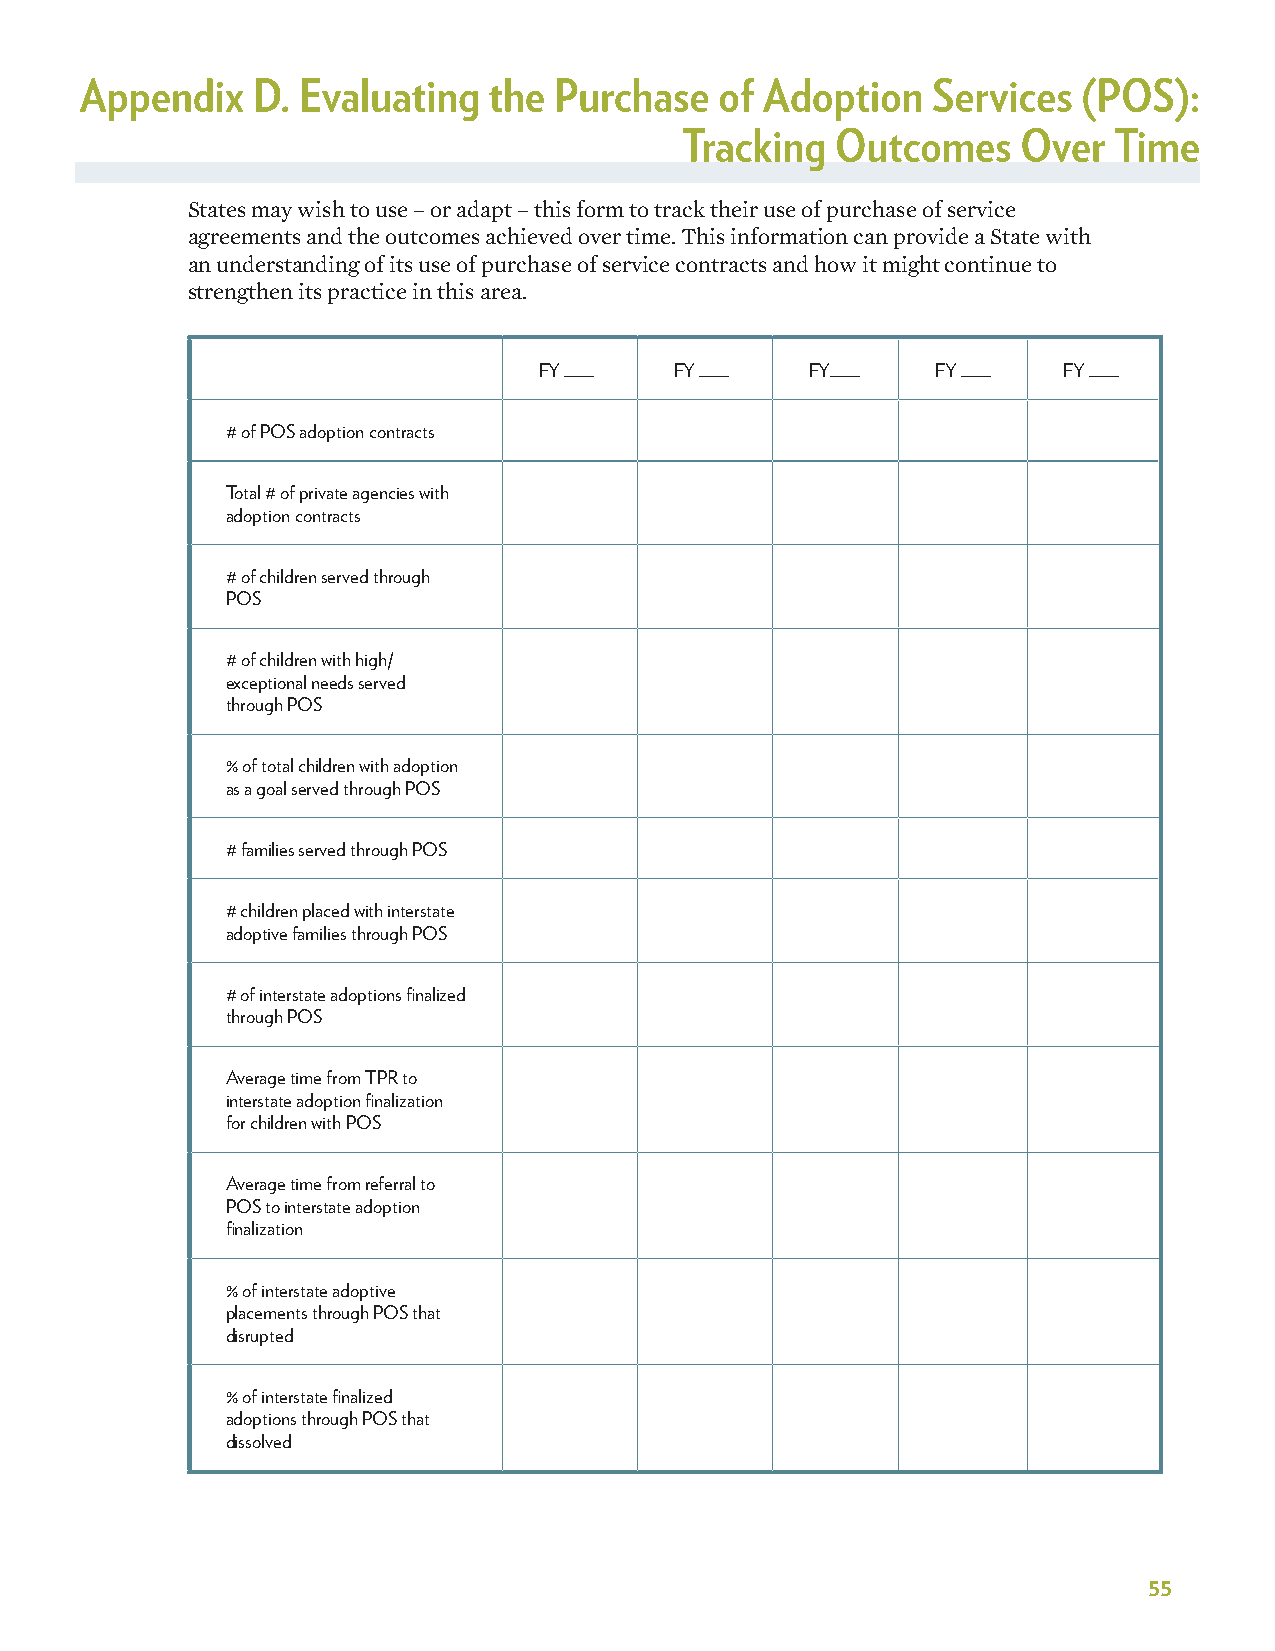
Appendix    D. Evaluating  the  Purchase   of Adoption   Services  (POS):
 Tracking  Outcomes     Over  Time
 States may wish to use – or adapt – this form to track their use of purchase of service
 agreements and the outcomes achieved over time. This information can provide a State with
 an understanding of its use of purchase of service contracts and how it might continue to
 strengthen its practice in this area.
 FY ___   FY ___   FY___   FY ___  FY ___
 # of POS adoption contracts
 Total # of private agencies with
 adoption contracts
 # of children served through
 POS
 # of children with high/
 exceptional needs served
 through POS
 % of total children with adoption
 as a goal served through POS
 # families served through POS
 # children placed with interstate
 adoptive families through POS
 # of interstate adoptions finalized
 through POS
 Average time from TPR to
 interstate adoption finalization
 for children with POS
 Average time from referral to
 POS to interstate adoption
 finalization
 % of interstate adoptive
 placements through POS that
 disrupted
 % of interstate finalized
 adoptions through POS that
 dissolved
 55